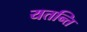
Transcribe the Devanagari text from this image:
यतन्ति